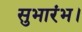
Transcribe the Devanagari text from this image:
सुभारंभ।